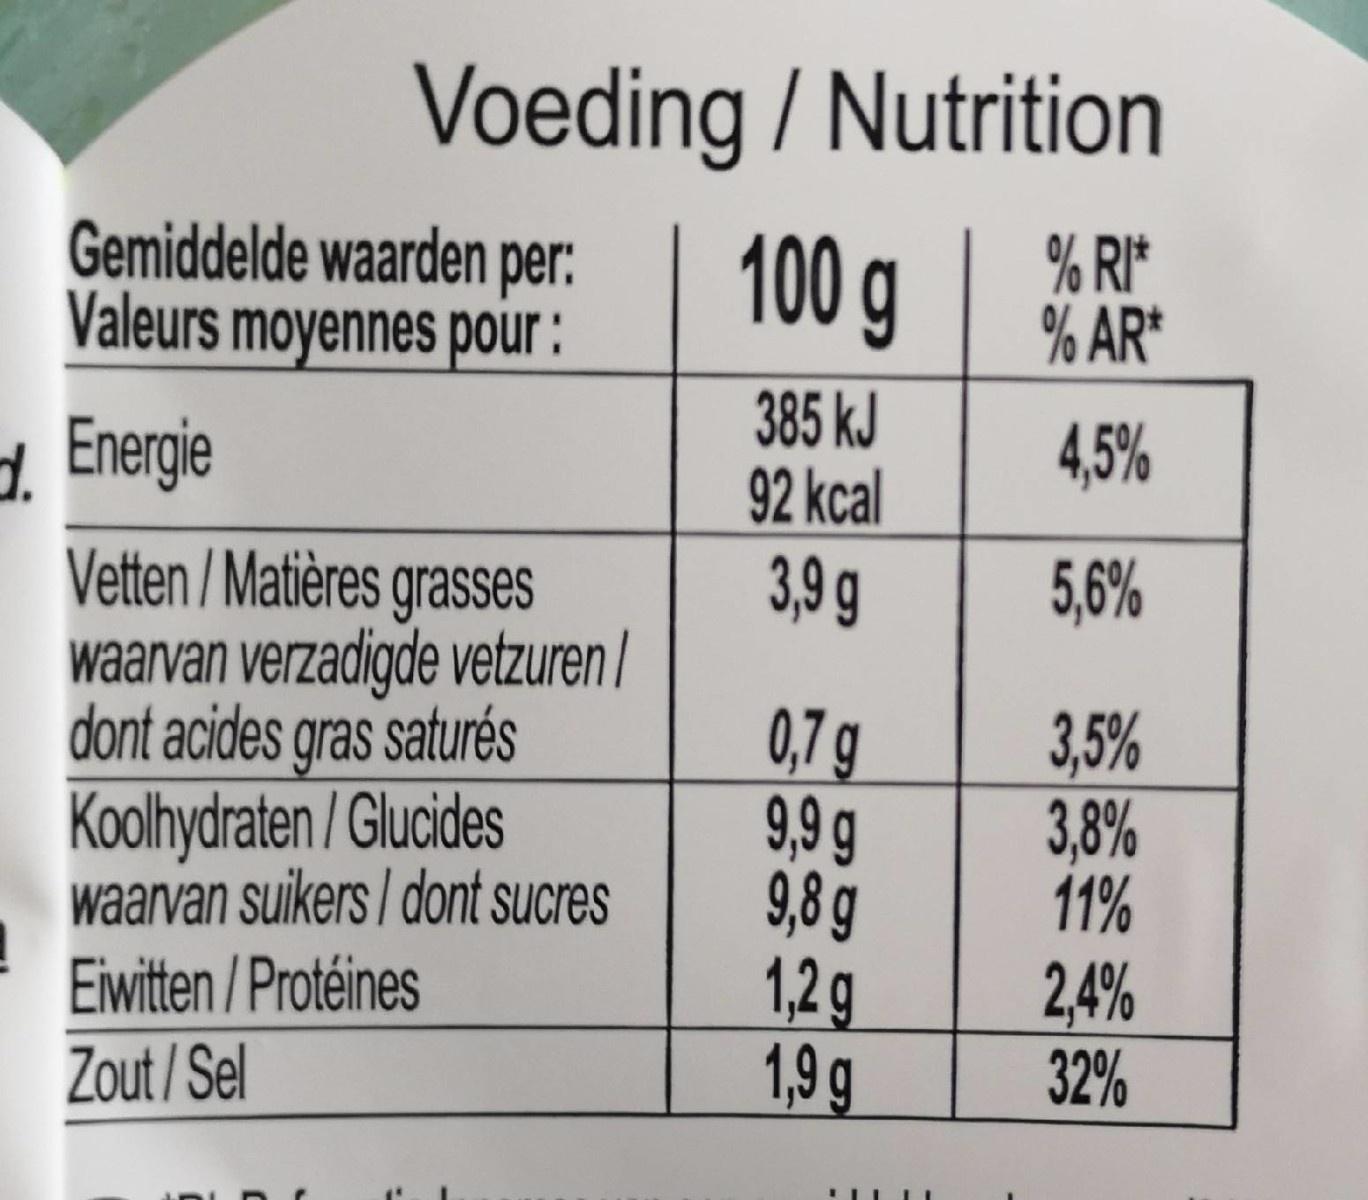
Voeding / Nutrition
Gemiddelde waarden per: Valeurs moyennes pour:
100g
% RI* % AR*
1. Energie
385 kJ 92 kcal
4,5%
Vetten / Matières grasses waarvan verzadigde vetzuren | dont acides gras saturés Koolhydraten / Glucides waarvan suikers | dont sucres
3,9 g
5,6%
0,7 g 9,9g 9,8g 1,2 g 1,9g
3,5% 3,8% 11% 2,4% 32%
Eiwitten / Protéines Zout / Sel